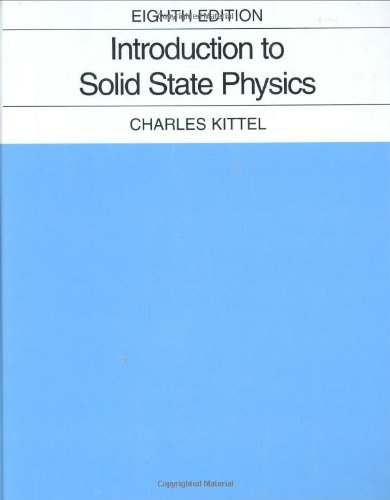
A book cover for Introduction to Solid State Physics; Charles Kittel; Science & Math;